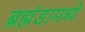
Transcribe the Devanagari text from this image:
ब्रह्मंडामध्ये